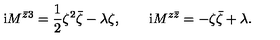
\mathrm { i } M ^ { \bar { z } 3 } = \frac { 1 } { 2 } \zeta ^ { 2 } \bar { \zeta } - \lambda \zeta , \qquad \mathrm { i } M ^ { z \bar { z } } = - \zeta \bar { \zeta } + \lambda .